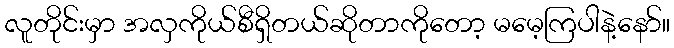
လူတိုင်းမှာ အလှကိုယ်စီရှိတယ်ဆိုတာကိုတော့ မမေ့ကြပါနဲ့နော်။